Burma Government Medical School reports 1923-41
Year: 1923
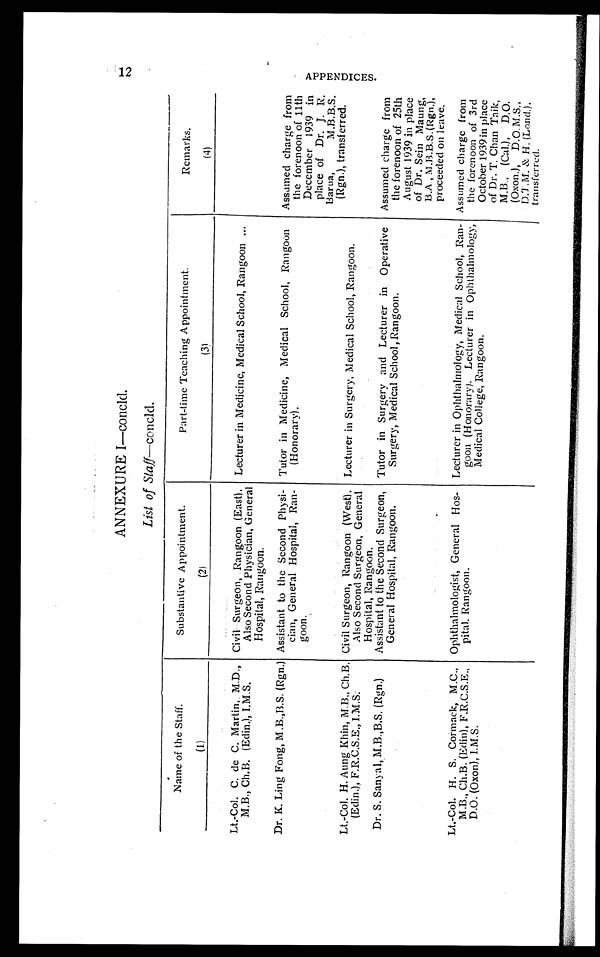
ANNEXURE I—concld.
List of Staff—concld.
Name of the Staff.
Substantive Appointment.
Part-time Teaching Appointment.
Remarks.
(1)
(2)
(3)
(4)
Lt.-Col. C. de C. Martin, M.D.,
M.B., Ch.B. (Edin.), I.M.S.
Civil Surgeon, Rangoon (East).
Also Second Physician, General
Hospital, Rangoon.
Lecturer in Medicine, Medical School, Rangoon
Dr. K. Ling Fong, M.B.,B.S. (Rgn.) Assistant to the Second Physi-
cian, General Hospital, Ran-
goon.
Tutor in Medicine, Medical School, Rangoon
(Honorary).
Assumed charge from
the forenoon of 11th
December 1939 in
place of Dr. J. R.
Barua, M.B.B.S.
(Rgn.), transferred.
Lt.-Col. H. Aung Khin, M.B., Ch.B.
(Edin.), F.R.C.S.E., I.M.S.
Civil Surgeon, Rangoon (West).
Also Second Surgeon, General
Hospital, Rangoon.
Lecturer in Surgery, Medical School, Rangoon.
Dr. S. Sanyal, M.B.,B.S. (Rgn.)
Assistant to the Second Surgeon,
General Hospital, Rangoon.
Tutor in Surgery and Lecturer in Operative
Surgery, Medical School, Rangoon.
Assumed charge from
the forenoon of 25th
August 1939 in place
of Dr. Sein Maung,
B.A , M.B.B.S. (Rgn.),
proceeded on leave.
Lt.-Col. H. S. Cormack, M.C.,
M.B., Ch.B. (Edin), F.R.C.S.E.,
D.O. (Oxon), I.M.S.
Ophthalmologist, General Hos-
pital, Rangoon.
Lecturer in Ophthalmology, Medical School, Ran-
goon (Honorary). Lecturer in Ophthalmology,
Medical College, Rangoon.
Assumed charge from
the forenoon of 3rd
October 1939 in place
of Dr. T. Chan Taik,
M.B., (Cal.), D.O.
(Oxon.), D.O. M.S.,
D.T.M. & H. (Lond.),
transferred.
12
A P P E N D I C E S .